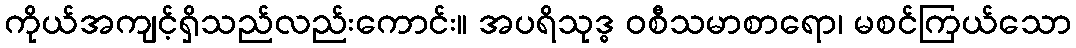
ကိုယ်အကျင့်ရှိသည်လည်းကောင်း။ အပရိသုဒ္ဓ ဝစီသမာစာရော၊ မစင်ကြယ်သော